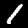
Digit: 1